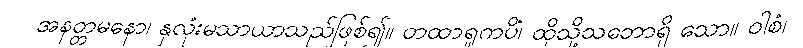
အနတ္တမနော၊ နှလုံးမသာယာသည်ဖြစ်၍။ တထာရူကပိံ၊ ထိုသို့သဘောရှိ သော။ ဝါစံ၊